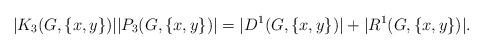
LaTeX: \begin{align*}|K_3(G,\{x,y\})||P_3(G,\{x,y\})| =|D^{1}(G,\{x,y\})|+|R^{1}(G,\{x,y\})|. \end{align*}